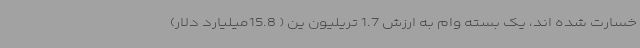
خسارت شده اند، یک بسته وام به ارزش 1.7 تریلیون ین ( 15.8میلیارد دلار)